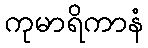
ကုမာရိကာနံ